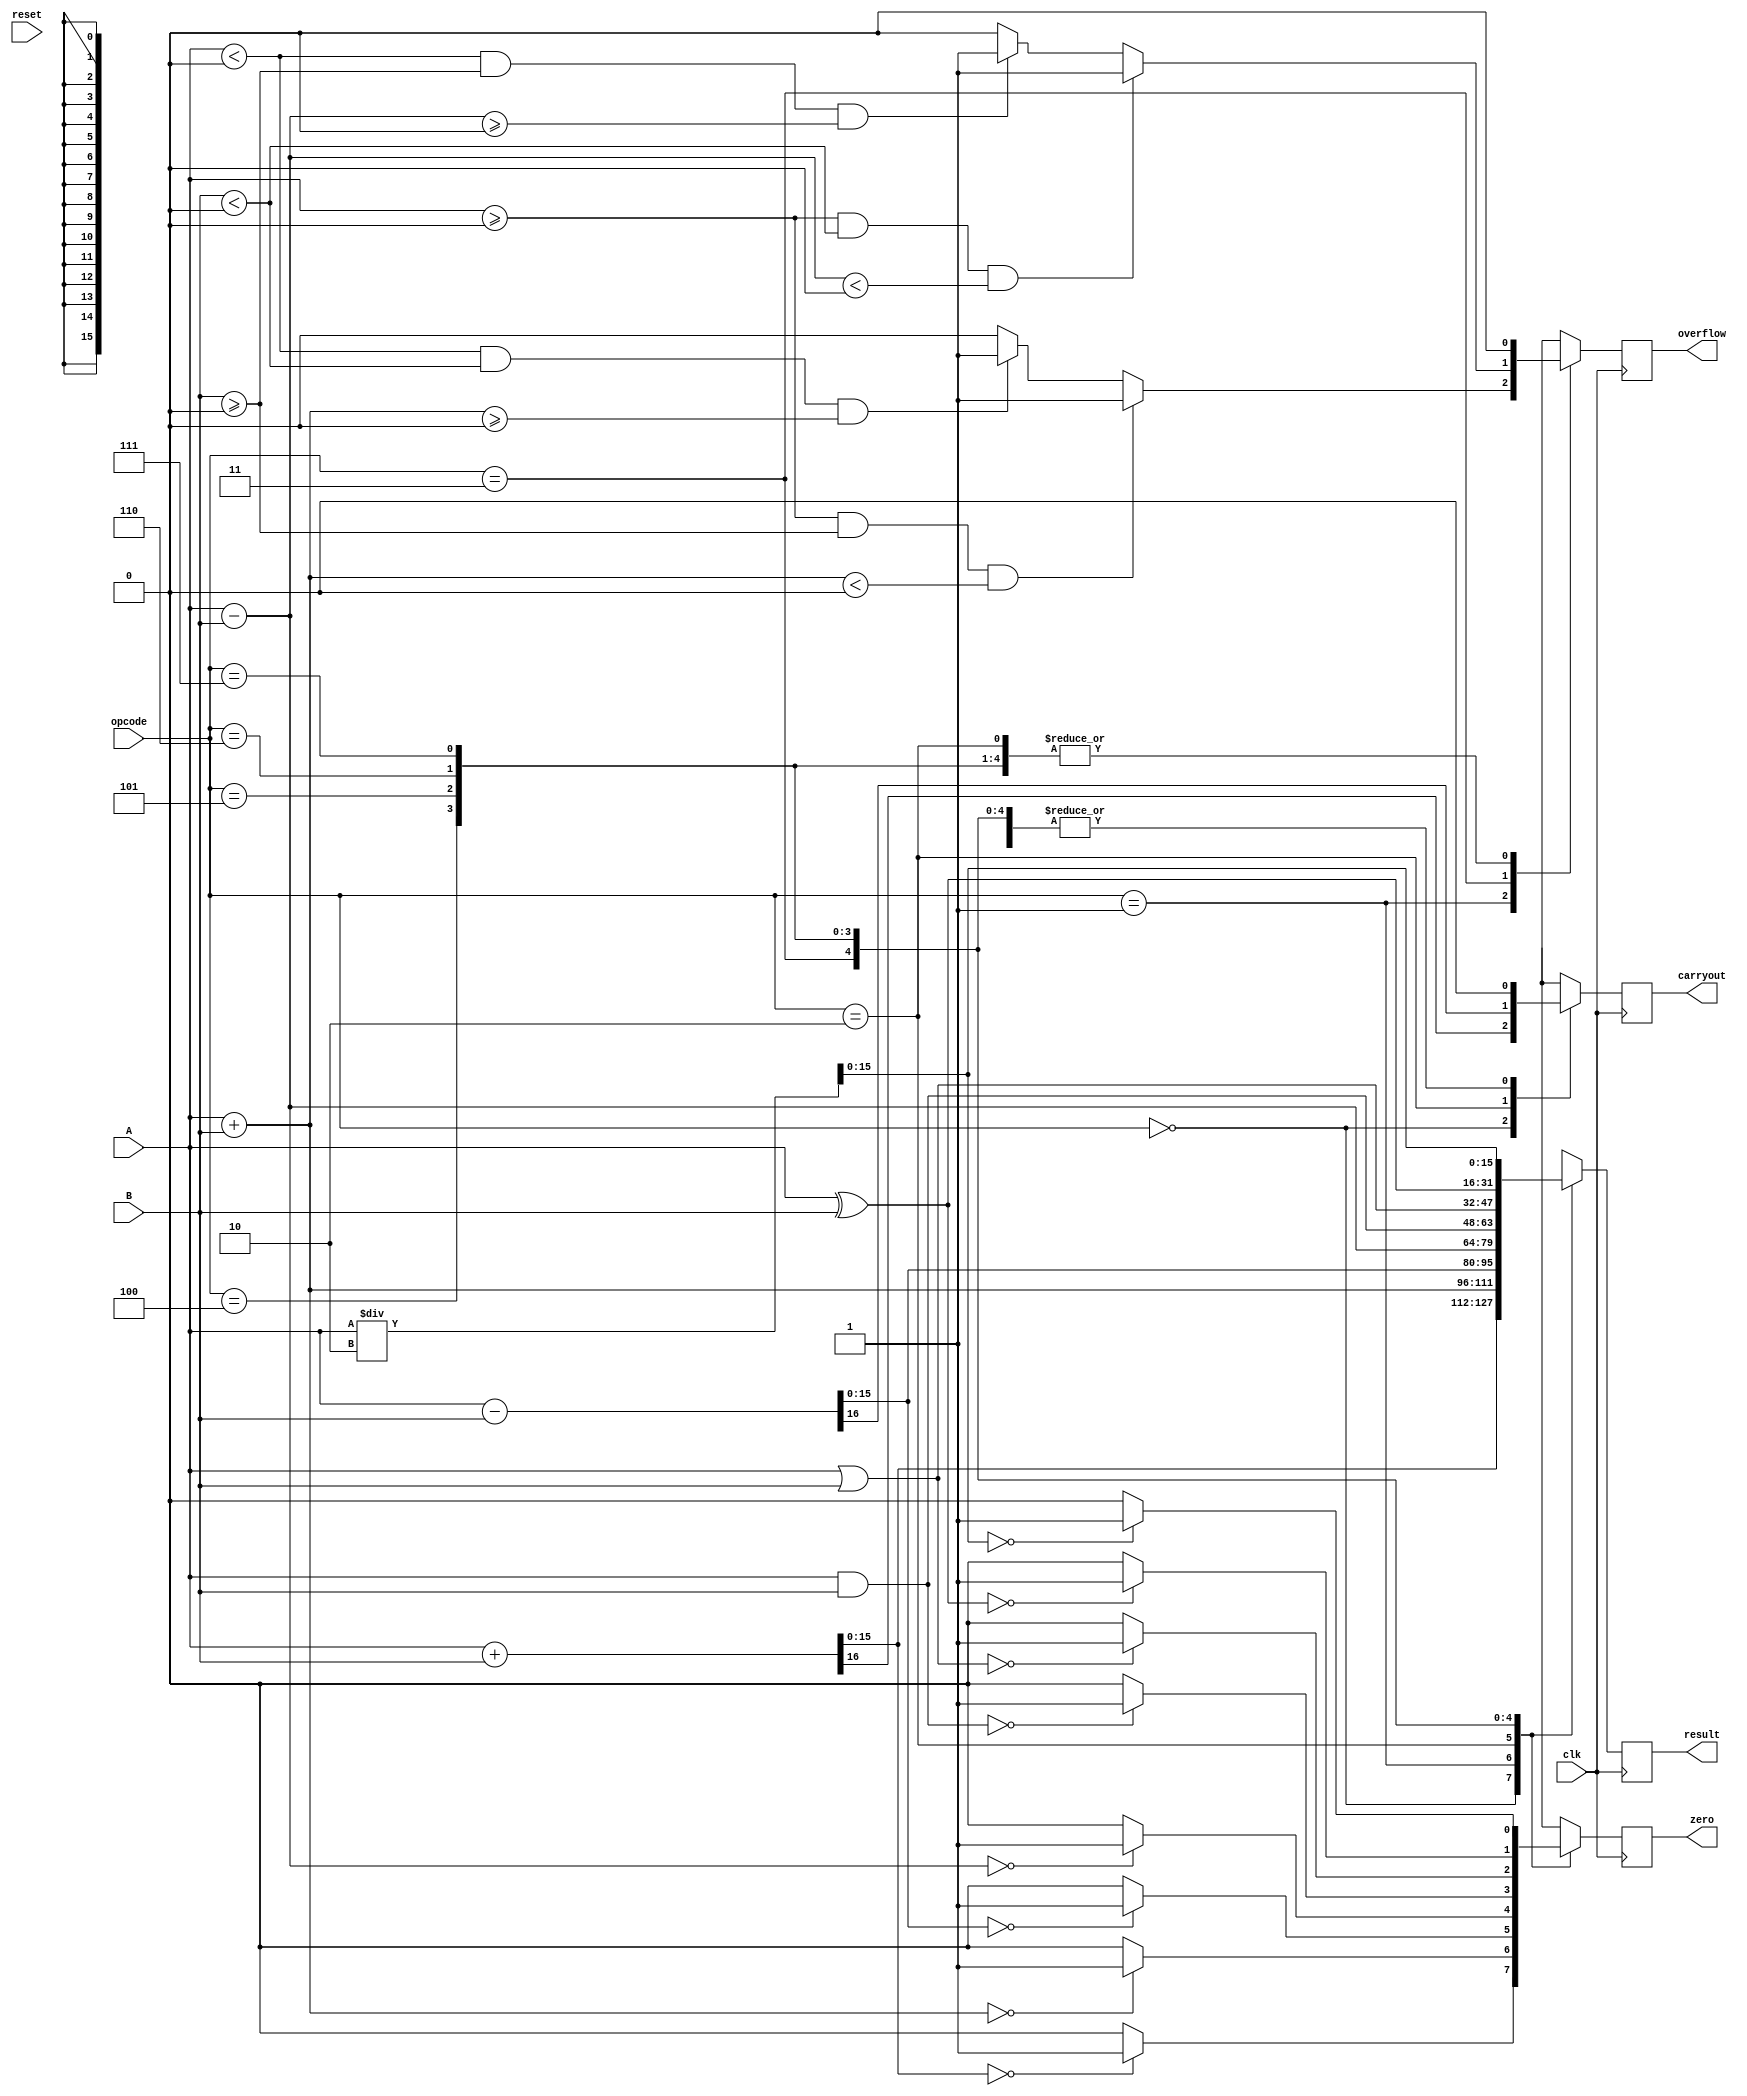
//=========================================================================
// Name & Email must be EXACTLY as in Gradescope roster!
// Name: Nicole Navarro 
// 
// Assignment name: Lab01-ALU
// Lab section: 021
// TA: Jincong Lu
// 
// I hereby certify that I have not received assistance on this assignment,
// or used code, from ANY outside source other than the instruction team
// (apart from what was provided in the starter file).
//
//=========================================================================

`timescale 1ns / 1ps

//  Constant definitions 

module myalu # ( parameter NUMBITS = 16 ) (
    input wire clk, 
    input wire reset ,  
    input  wire[NUMBITS-1:0] A, 
    input  wire[NUMBITS-1:0] B, 
    input wire [2:0]opcode, 
    output reg [NUMBITS-1:0] result,  
    output reg carryout ,
    output reg overflow , 
    output reg zero  );

// ------------------------------
// Insert your solution below
// ------------------------------ 
    
    //opcodes in order: unsigned add, signed add,
    //unsigned sub, signed sub, AND, OR, XOR, Divide by 2


    always @(posedge clk) begin
        case(opcode)
            3'b000: begin //Unsigned Add
                {carryout, result} = A + B;
                if(result == 0)
                    zero = 1;
                else 
                    zero = 0;
                overflow = 0;
            end
            3'b001: begin //Signed Add
                result = $signed(A) + $signed(B);
                if(result == 0)
                    zero = 1;
                else
                    zero = 0;
                carryout = 0;
                if( $signed(A) >= 0 && $signed(B) >= 0 && $signed(result) < 0)
                    overflow = 1;
                else if( $signed(A) < 0 && $signed(B) < 0 && $signed(result) >= 0)
                    overflow = 1;
                else
                    overflow = 0;   
            end
            3'b010: begin //Unsigned Sub
                {carryout, result} = A - B;
                if(result == 0)
                    zero = 1;
                else
                    zero = 0;
                overflow = 0;
            end
            3'b011: begin // Signed Sub
                result = $signed(A) - $signed(B);
                if(result == 0)
                    zero = 1;
                else
                    zero = 0;
                carryout = 0;
                if($signed(A) >= 0 && $signed(B) < 0 && $signed(result) < 0)
                    overflow = 1;
                else if( $signed(A) < 0 && $signed(B) >= 0 && $signed(result) >= 0)
                    overflow = 1;
                else
                    overflow = 0;
            end
            3'b100: begin //AND
                result = A & B;
                if(result == 0)
                    zero = 1;
                else
                    zero = 0;
                carryout = 0;
                overflow = 0;
            end
            3'b101: begin //OR
                result = A | B;
                if(result == 0)
                    zero = 1;
                else
                    zero = 0;
                carryout = 0;
                overflow = 0;
            end
            3'b110: begin //XOR
                result = A ^ B;
                if(result == 0)
                    zero = 1;
                else
                    zero = 0;
                carryout = 0;
                overflow = 0;
            end
            3'b111: begin //Divide A by 2
                result = A / 2;
                if(result == 0)
                    zero = 1;
                else
                    zero = 0;
                carryout = 0;
                overflow = 0;
            end
            default: begin
                result = 0;
                zero = 0;
                carryout = 0;
                overflow = 0;
            end 
        endcase
    end

    //use nanland case statement

    //We can use these kinds of things
    /*always @(posedge clk) begin
        result = A & B;
        if(result == 0)
    end

    //

    //{carryout,result} = A+B; stuff he wrote
 */

endmodule